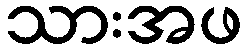
သားအဖ